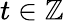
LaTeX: t\in\mathbb{Z}